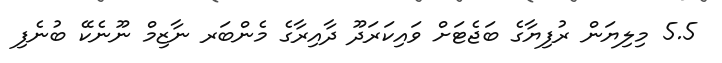
5.5 މިލިޔަން ރުފިޔާގެ ބަޖެޓަށް ވައިކަރަދޫ ދާއިރާގެ މެންބަރ ނާޒިމް ނޫނެކޭ ބުނެފި